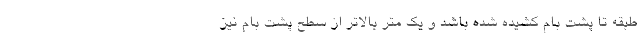
طبقه تا پشت بام کشیده شده باشد و یک متر بالاتر از سطح پشت بام نیز